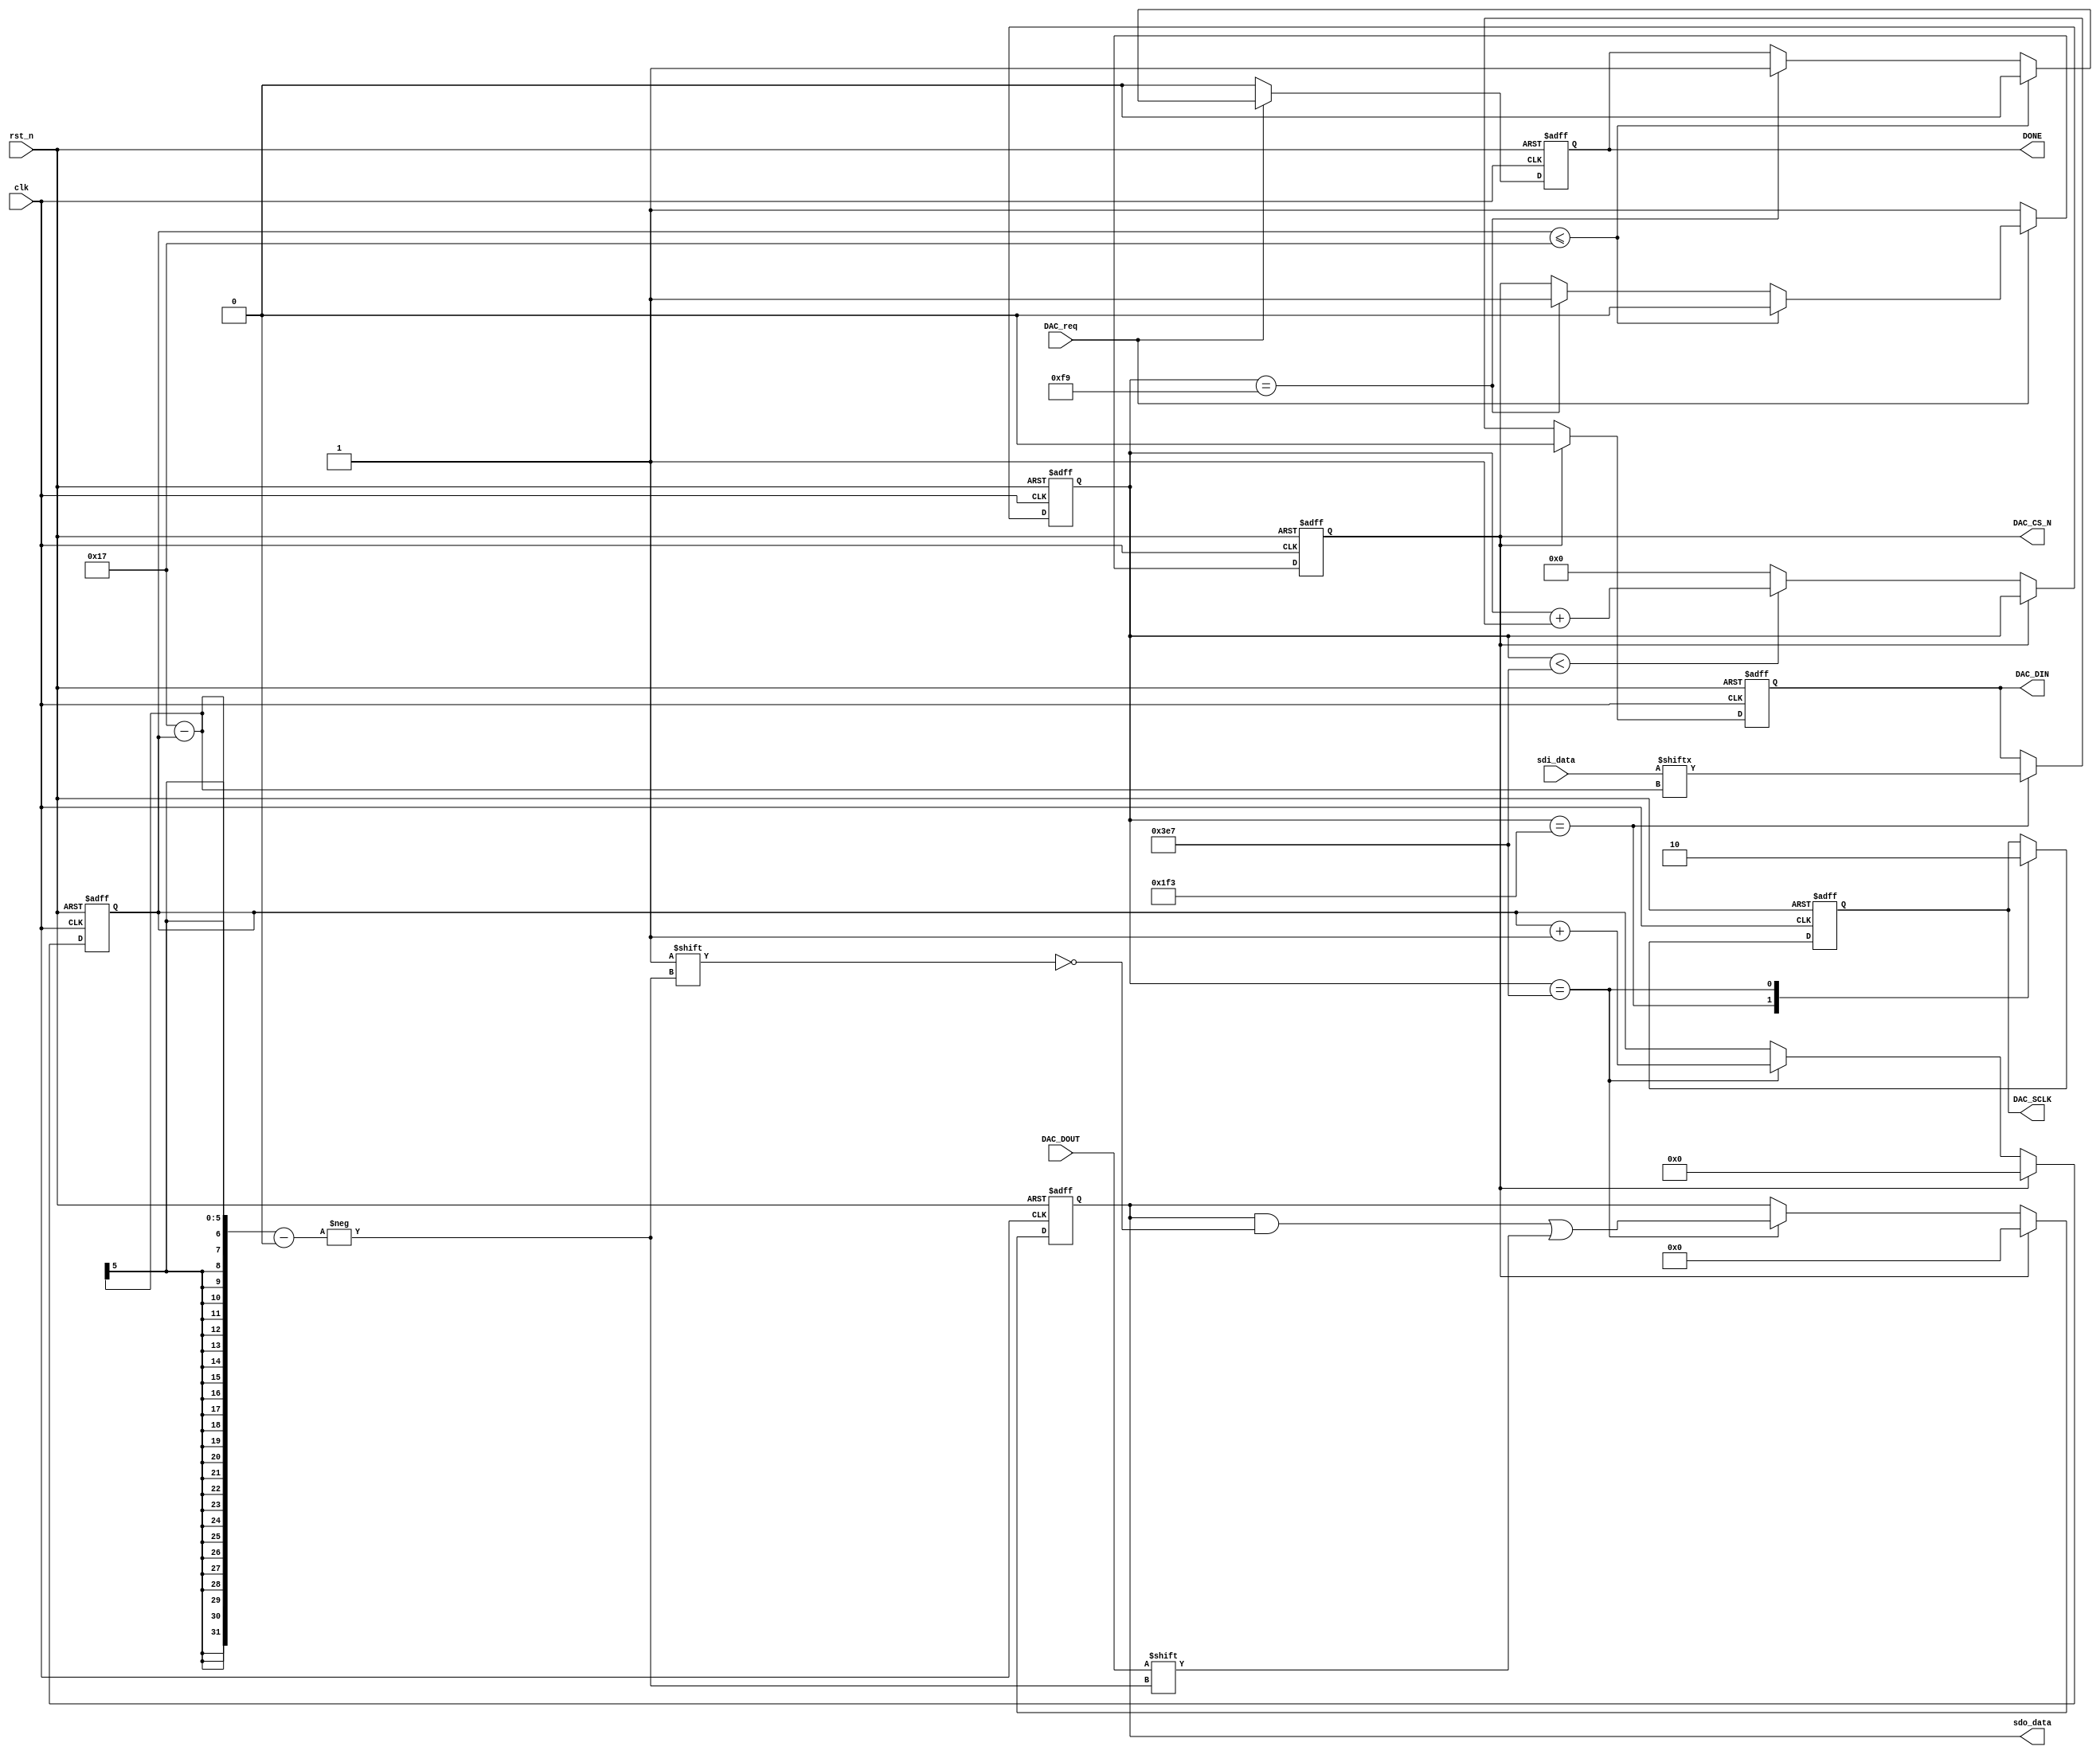
module spi_core(
	input			clk,			//50MHz
	input			rst_n,
	
	input			DAC_DOUT,		//SDO
	output			[23:0]sdo_data,	//SDO
	
	input			[23:0]sdi_data,	//?SDI
	output			DAC_DIN,		//SDI
	
	output			DAC_CS_N,		//??,0
	output			DAC_SCLK,		//DAC
	
	input			DAC_req,		//DAC
	output			DONE			//SDOSDI?
);
parameter bit_length = 24;
reg [4:0]bit_cnt;
reg cs_reg;
reg done;
reg SDI;
reg [23:0]sdo_data_reg;
assign DAC_CS_N = cs_reg;
assign DONE = done;
assign DAC_DIN = SDI;
assign sdo_data = sdo_data_reg;

reg [9:0]sclk_cnt;
reg DAC_SCLK_reg = 0;
assign DAC_SCLK = DAC_SCLK_reg;
//
//HIGLOW
//SDONEG
//SCLK
always@(posedge clk or negedge rst_n)
begin
	if(!rst_n)
		sclk_cnt = 10'd0;
	else if (!cs_reg)begin
		if(sclk_cnt < 10'd999)
			sclk_cnt = sclk_cnt + 1;
		else
			sclk_cnt = 0;
	end
end

always@(posedge clk or negedge rst_n)
begin
	if(!rst_n)
		DAC_SCLK_reg = 0;
	else
		case(sclk_cnt)
			499:DAC_SCLK_reg = 1;
			999:DAC_SCLK_reg = 0;
			default:;
		endcase
end

`define SCL_LOW		(sclk_cnt == 10'd249)
`define SCL_POS		(sclk_cnt == 10'd499)
`define SCL_HIG		(sclk_cnt == 10'd749)
`define SCL_NEG		(sclk_cnt == 10'd999)

//?CS
always@(posedge clk or negedge rst_n)
begin
	if(!rst_n)begin
		cs_reg = 1;
		done = 0;
	end
	else 
		if(DAC_req)begin
			if(bit_cnt <= bit_length - 1)begin
				cs_reg = 0;
				done = 0;
			end
			else if(`SCL_LOW) begin
				cs_reg = 1;
				done = 1;
			end
		end
	else begin
		cs_reg = 1;
		done = 0;
	end
end

//SDISDO??
always@(posedge clk or negedge rst_n)
begin
	if(!rst_n)begin
		SDI = 0;
		sdo_data_reg = 24'd0;
		bit_cnt = 5'd0;
	end
	else if(cs_reg)begin
		SDI = 0;
		sdo_data_reg = 24'd0;
		bit_cnt = 5'd0;
	end
	else if(!cs_reg)	begin 
		if(`SCL_POS)
			SDI = sdi_data[bit_length - 1 - bit_cnt];
		if(`SCL_NEG)begin
			sdo_data_reg[bit_length - 1 - bit_cnt] = DAC_DOUT;
			bit_cnt = bit_cnt + 1;
			//?SDIsdo_data?bit_cnt+1NEG?POS
		end
	end
end	

endmodule